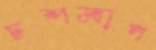
চশমাপ